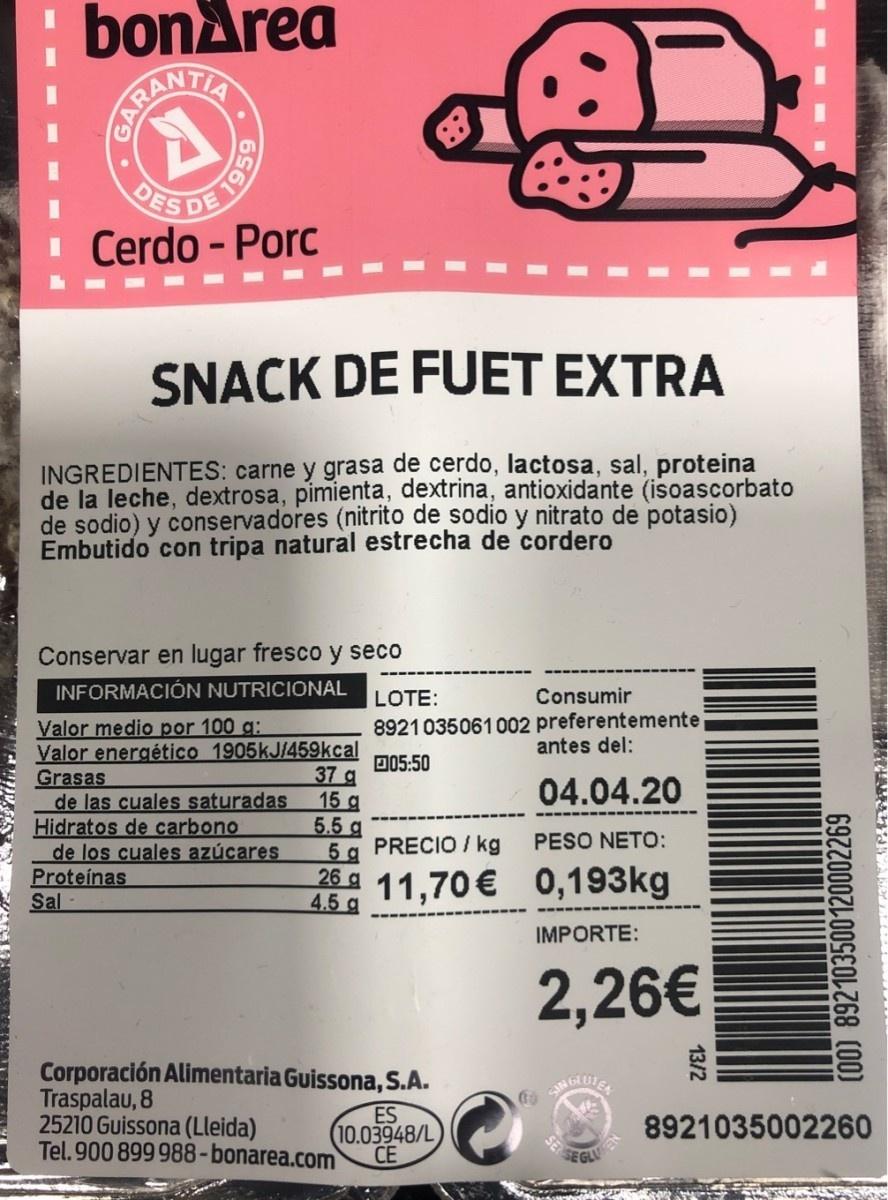
bonArea DES DE I Cerdo - Porc SNACK DE FUET EXTRA INGREDIENTES: carne y grasa de cerdo, lactosa, sal, proteina de la leche, dextrosa, pimienta, dextrina, antioxidante (isoascorbato de sodio) y conservadores (nitrito de sodio y nitrato de potasio) Embutido con tripa natural estrecha de cordero Conservar en lugar fresco y seco INFORMACIÓN NUTRICIONAL LOTE: Consumir 8921035061002 preferentemente antes del: Valor medio por 100 g: Valor energético 1905kJ/459kcal Grasas de las cuales saturadas Hidratos de carbono de los cuales azúcares Proteínas Sal D05:50 37 g 15 g 5.5 g 5 g PRECIO / kg 26 11,70€ 0,193kg 04.04.20 PESO NETO: 4.5 g IMPORTE: 2,26€ Corporación Alimentaria Guissona, S.A. Traspalau, 8 25210 Guissona (Lleida) Tel. 900 899 988-bonarea.com CoGLUIEE ES 10.03948/L CE 8921035002260 SEGLU (00) 892103500120002269 13/2 6561